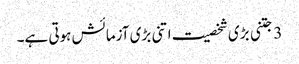
3 جتنی بڑی شخصیت اتنی بڑی آزمائش ہوتی ہے۔